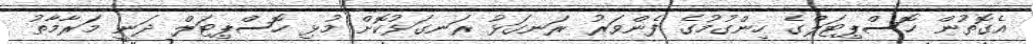
އެގޮތުން ހޮސްޕިޓަލްގެ ހިންގުމުގެ ފެންވަރު ރަނގަޅު ރަނގަޅުކޮށް މުޅި ހޮސްޕިޓަލް ދަނީ މަރާމާތު